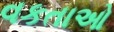
વકતાઓ